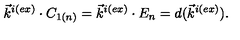
\vec { k } ^ { i ( e x ) } \cdot C _ { 1 ( n ) } = \vec { k } ^ { i ( e x ) } \cdot E _ { n } = d ( \vec { k } ^ { i ( e x ) } ) .